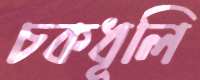
চকধূলি